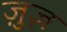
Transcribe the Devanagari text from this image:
ज़ुज़